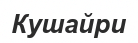
Кушайри